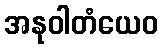
အနုဝါတံယေဝ